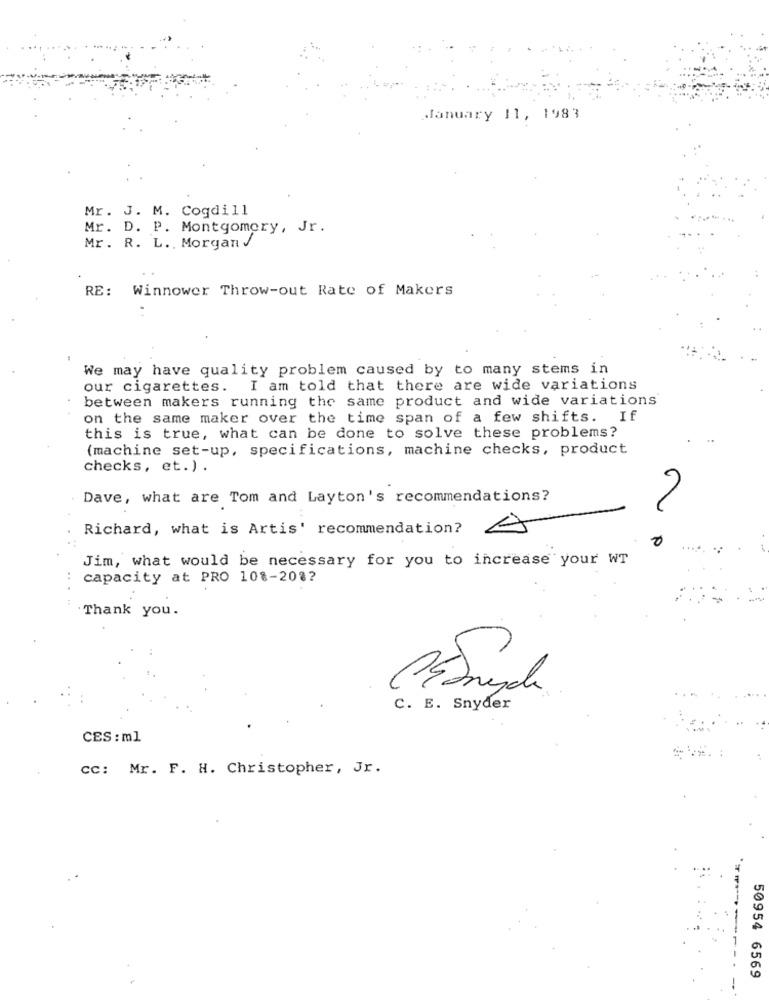
January 11, 1983
Mr. J. M. Cogdill
Mr. D. P. Montgomery, Jr.
Mr. R. L ., Morgan J
RE: Winnower Throw-out Rate of Makers
We may have quality problem caused by to many stems in
our cigarettes. I am told that there are wide variations
between makers running the same product and wide variations
on the same maker over the time span of a few shifts. If
this is true, what can be done to solve these problems?
(machine set-up, specifications, machine checks, product
checks, et.).
Dave, what are Tom and Layton's recommendations?
Richard, what is Artis' recommendation?
0
Jim, what would be necessary for you to increase your WT
capacity at PRO 108-2082
.Thank you.
C. E. Snyder
CES : ml
cc: Mr. F. H. Christopher, Jr.
50954 6569